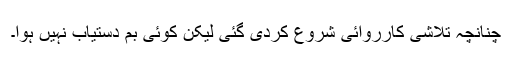
چنانچہ تلاشی کارروائی شروع کردی گئی لیکن کوئی بم دستیاب نہیں ہوا۔